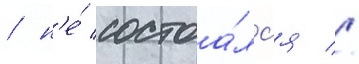
/ н'е́ состоа́лс'я //